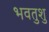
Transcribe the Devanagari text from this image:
भवतुशु